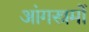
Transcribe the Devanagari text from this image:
आंगस्त्रमों